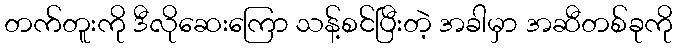
တက်တူးကို ဒီလိုဆေးကြော သန့်စင်ပြီးတဲ့ အခါမှာ အဆီတစ်ခုကို